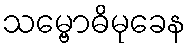
သမ္ဗောဓိမုခေန